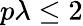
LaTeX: p\lambda\leq 2